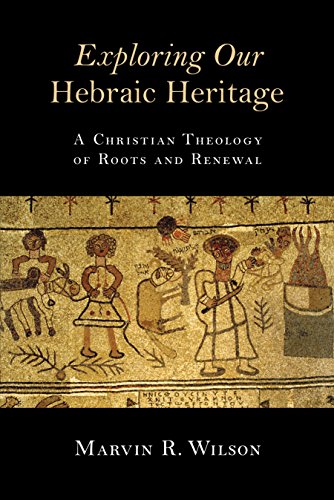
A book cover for Exploring Our Hebraic Heritage: A Christian Theology of Roots and Renewal; Marvin R. Wilson; Religion & Spirituality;